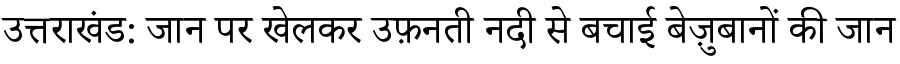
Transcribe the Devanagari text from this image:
उत्तराखंड: जान पर खेलकर उफ़नती नदी से बचाई बेज़ुबानों की जान